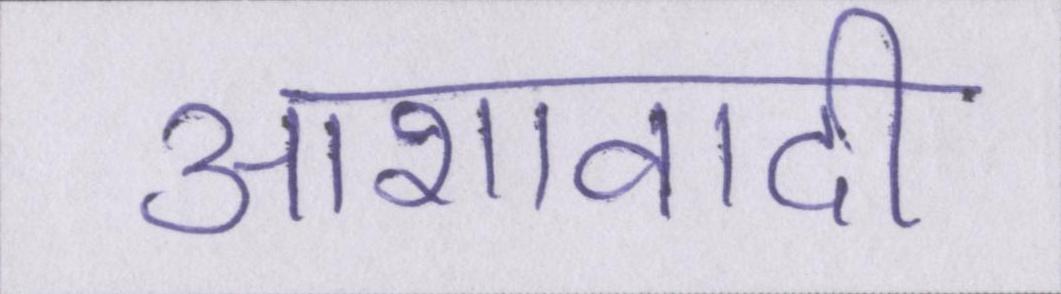
आशावादी